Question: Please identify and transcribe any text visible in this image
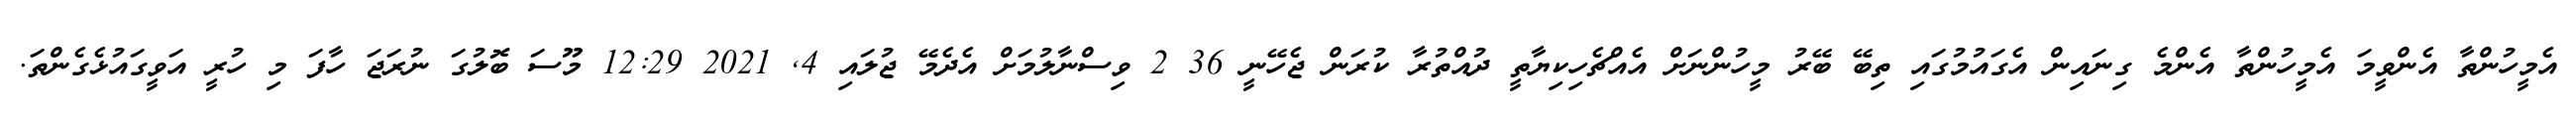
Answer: އެމީހުންތާ އެންވީމަ އެމީހުންތާ އެންމެ ގިނައިން އެގައުމުގައި ތިބޭ ބޭރު މީހުންނަށް އެއްޗެހިކިޔާތީ ދުއްތުރާ ކުރަން ޖެހޭނީ 36 2 ވިސްނާލުމަށް އެދެމޭ ޖުލައި 4, 2021 12:29 މޫސަ ބޮލުގަ ނުރަޖަ ހާފަ މި ހުރީ އަވީގައުޅެގެންތަ.